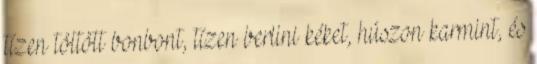
tízen töltött bonbont, tízen berlini kéket, húszon karmint, és